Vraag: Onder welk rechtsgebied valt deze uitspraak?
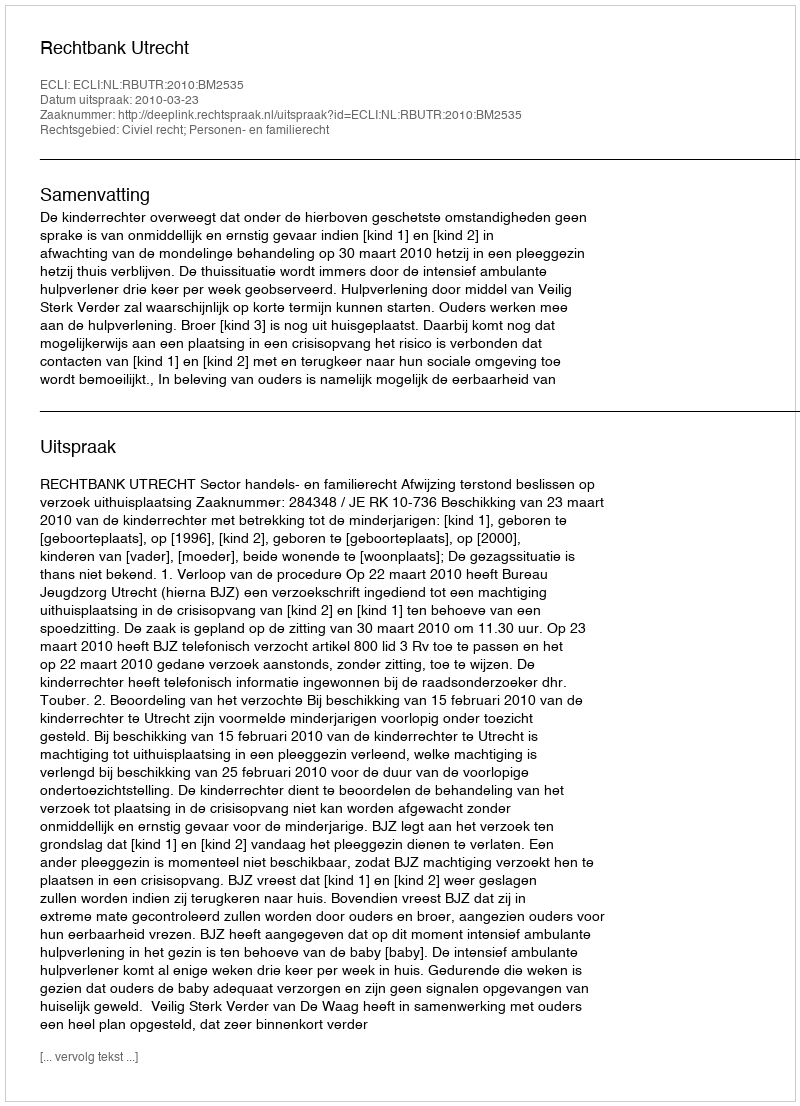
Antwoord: Civiel recht; Personen- en familierecht